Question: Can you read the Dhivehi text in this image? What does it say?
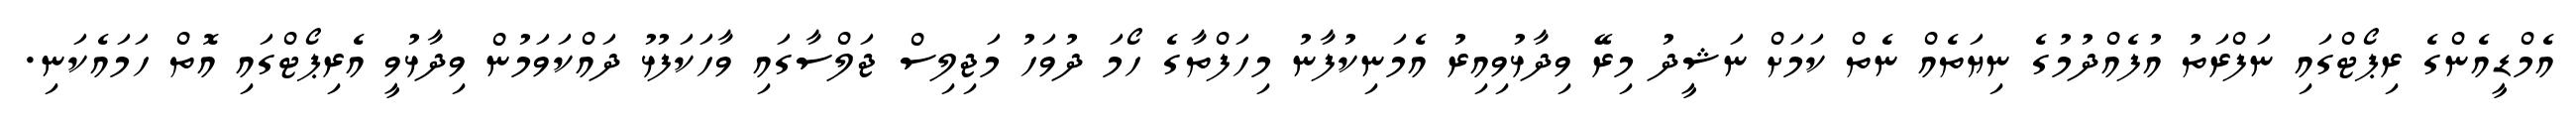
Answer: އެމްޑީއެންގެ ރިޕޯޓްގައި ނަފްރަތު އުފެއްދުމުގެ ނިޔަތެއް ނެތް ކަމަށް ނަޝީދު މިރޭ ވިދާޅުވިއިރު އެމަނިކުފާނު މިހަފްތާގެ ހޯމަ ދުވަހު މަޖިލިސް ޖަލްސާގައި ވާހަކަފުޅު ދައްކަވަމުން ވިދާޅުވީ އެރިޕޯޓްގައި އޮތް ހަމައެކަނި.